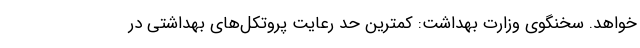
خواهد. سخنگوی وزارت بهداشت: کمترین حد رعایت پروتکل‌های بهداشتی در